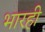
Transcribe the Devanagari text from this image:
भारही